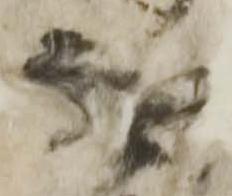
無